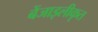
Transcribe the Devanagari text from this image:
बेंजाइलीकृत